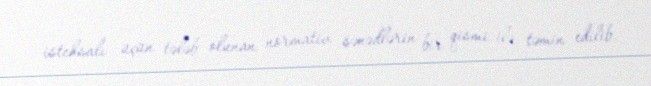
istehsalı üçün tələb olunan normativ sənədlərin bir qismi ilə təmin edilib.